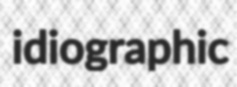
idiographic